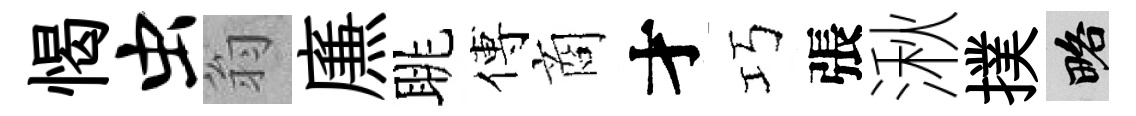
愒虫翁㢘眺傅商才巧張湫撲略